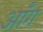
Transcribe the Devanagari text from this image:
ऑंग